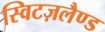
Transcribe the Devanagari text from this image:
स्विटज़लैण्ड